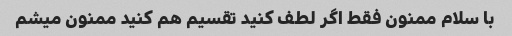
با سلام ممنون فقط اگر لطف کنید تقسیم هم کنید ممنون میشم